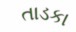
તાડકા